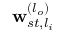
\mathbf { w } _ { s t , l _ { i } } ^ { ( l _ { o } ) }